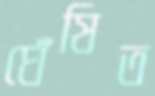
ঘেঁষিত